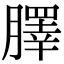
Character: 䐾